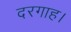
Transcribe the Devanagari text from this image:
दरगाह।